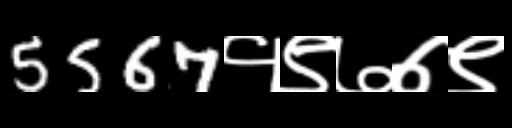
Text: 5567१९७७९